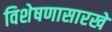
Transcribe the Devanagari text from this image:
विशेषणासारखे